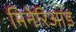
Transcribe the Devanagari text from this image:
मिनेरिआड